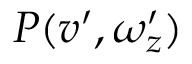
P ( v ^ { \prime } , \omega _ { z } ^ { \prime } )